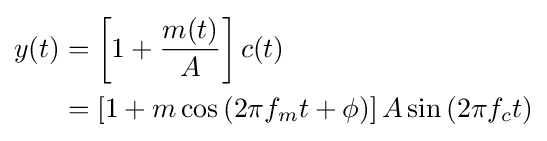
{\begin{aligned}y(t)&=\left[1+{\frac {m(t)}{A}}\right]c(t)\\&=\left[1+m\cos \left(2\pi f_{m}t+\phi \right)\right]A\sin \left(2\pi f_{c}t\right)\end{aligned}}